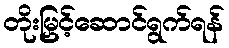
တိုးမြှင့်ဆောင်ရွက်ရန်